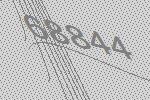
68844